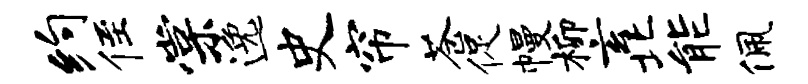
约侄棠逸史帘苍促幔柳玄北能佩